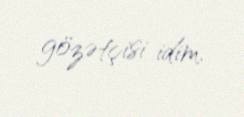
gözətçisi idim.